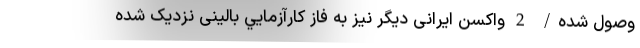
وصول شده/ 2 واکسن ایرانی دیگر نیز به فاز کارآزمايي بالینی نزدیک شده